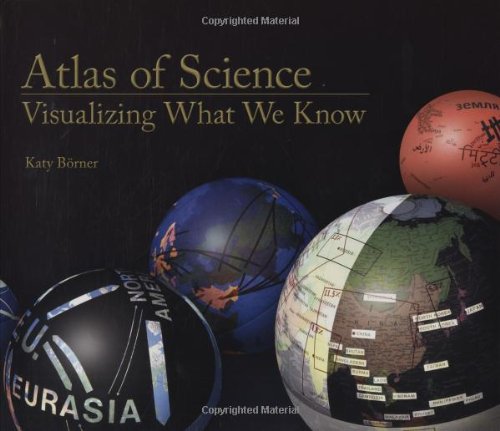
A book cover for Atlas of Science: Visualizing What We Know; Katy BÃ¶rner; Science & Math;